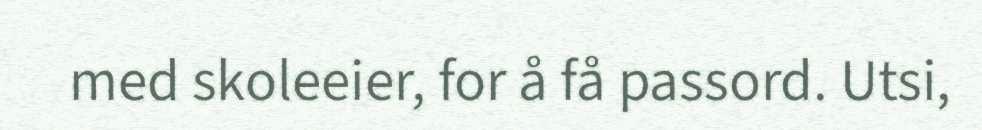
med skoleeier, for å få passord. Utsi,